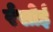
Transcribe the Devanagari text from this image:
र्रसोई